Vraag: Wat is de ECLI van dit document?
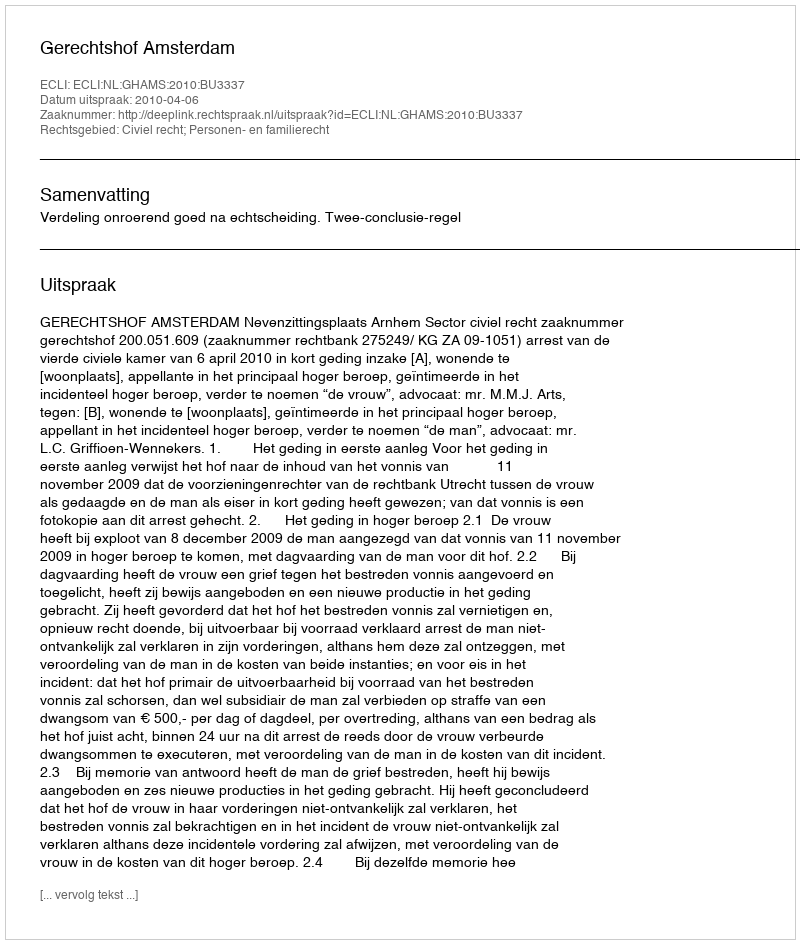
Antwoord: ECLI:NL:GHAMS:2010:BU3337